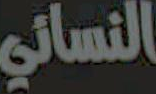
النسائي